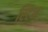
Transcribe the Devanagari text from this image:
स्टिम